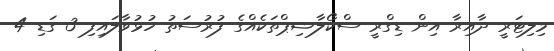
މިލިޓަރީ ދާއިރާ އިން ޑިގްރީ ސްކޯލާޝިޕްތަކެއްގެ ފުރުސަތު ހުޅުވާލައިފި 3 ގަޑި 4